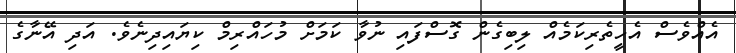
އެއްވެސް އެހީތެރިކަމެއް ލިބިގެން ގޮސްފައި ނުވާ ކަމަށް މުހައްރިމް ކިޔައިދިނެވެ. އަދި އޭނާގެ